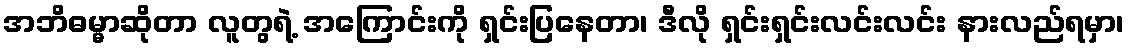
အဘိဓမ္မာဆိုတာ လူတွရဲ့ အကြောင်းကို ရှင်းပြနေတာ၊ ဒီလို ရှင်းရှင်းလင်းလင်း နားလည်ရမှာ၊